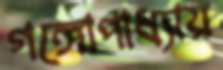
গঙ্গোপাধ্যায়